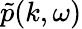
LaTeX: \tilde{p}(k,\omega)